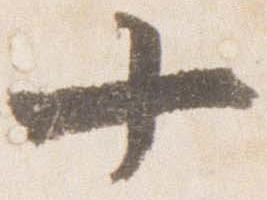
十